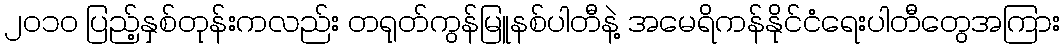
၂၀၁၀ ပြည့်နှစ်တုန်းကလည်း တရုတ်ကွန်မြူနစ်ပါတီနဲ့ အမေရိကန်နိုင်ငံရေးပါတီတွေအကြား